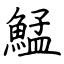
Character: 鯭